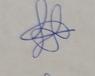
Signature authenticity: genuine